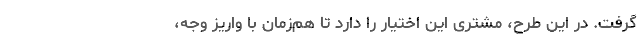
گرفت. در این طرح، مشتری این اختیار را دارد تا هم‌زمان با واریز وجه،